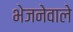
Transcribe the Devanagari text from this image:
भेजनेवाले